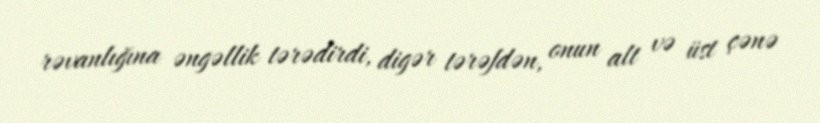
rəvanlığına əngəllik tərədirdi, digər tərəfdən, onun alt və üst çənə